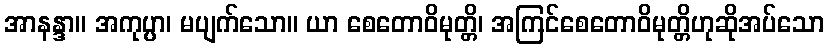
အာနန္ဒာ။ အကုပ္ပာ၊ မပျက်သော။ ယာ စေတောဝိမုတ္တိ၊ အကြင်စေတောဝိမုတ္တိဟုဆိုအပ်သော